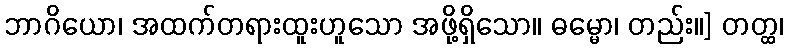
ဘာဂိယော၊ အထက်တရားထူးဟူသော အဖို့ရှိသော။ ဓမ္မော၊ တည်း။] တတ္ထ၊